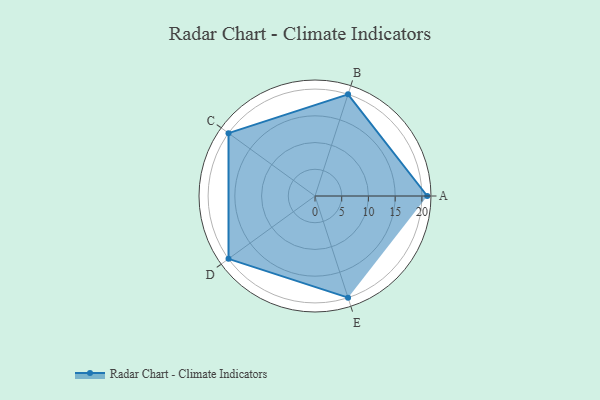
{"axis": {"x": "Skill", "y": "Score"}, "legend": ["Profile"], "data": [{"x": "A", "y": 21.0, "type": "Profile"}, {"x": "B", "y": 20, "type": "Profile"}, {"x": "C", "y": 20, "type": "Profile"}, {"x": "D", "y": 20, "type": "Profile"}, {"x": "E", "y": 20, "type": "Profile"}]}